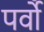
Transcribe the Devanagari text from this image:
पर्वोँ